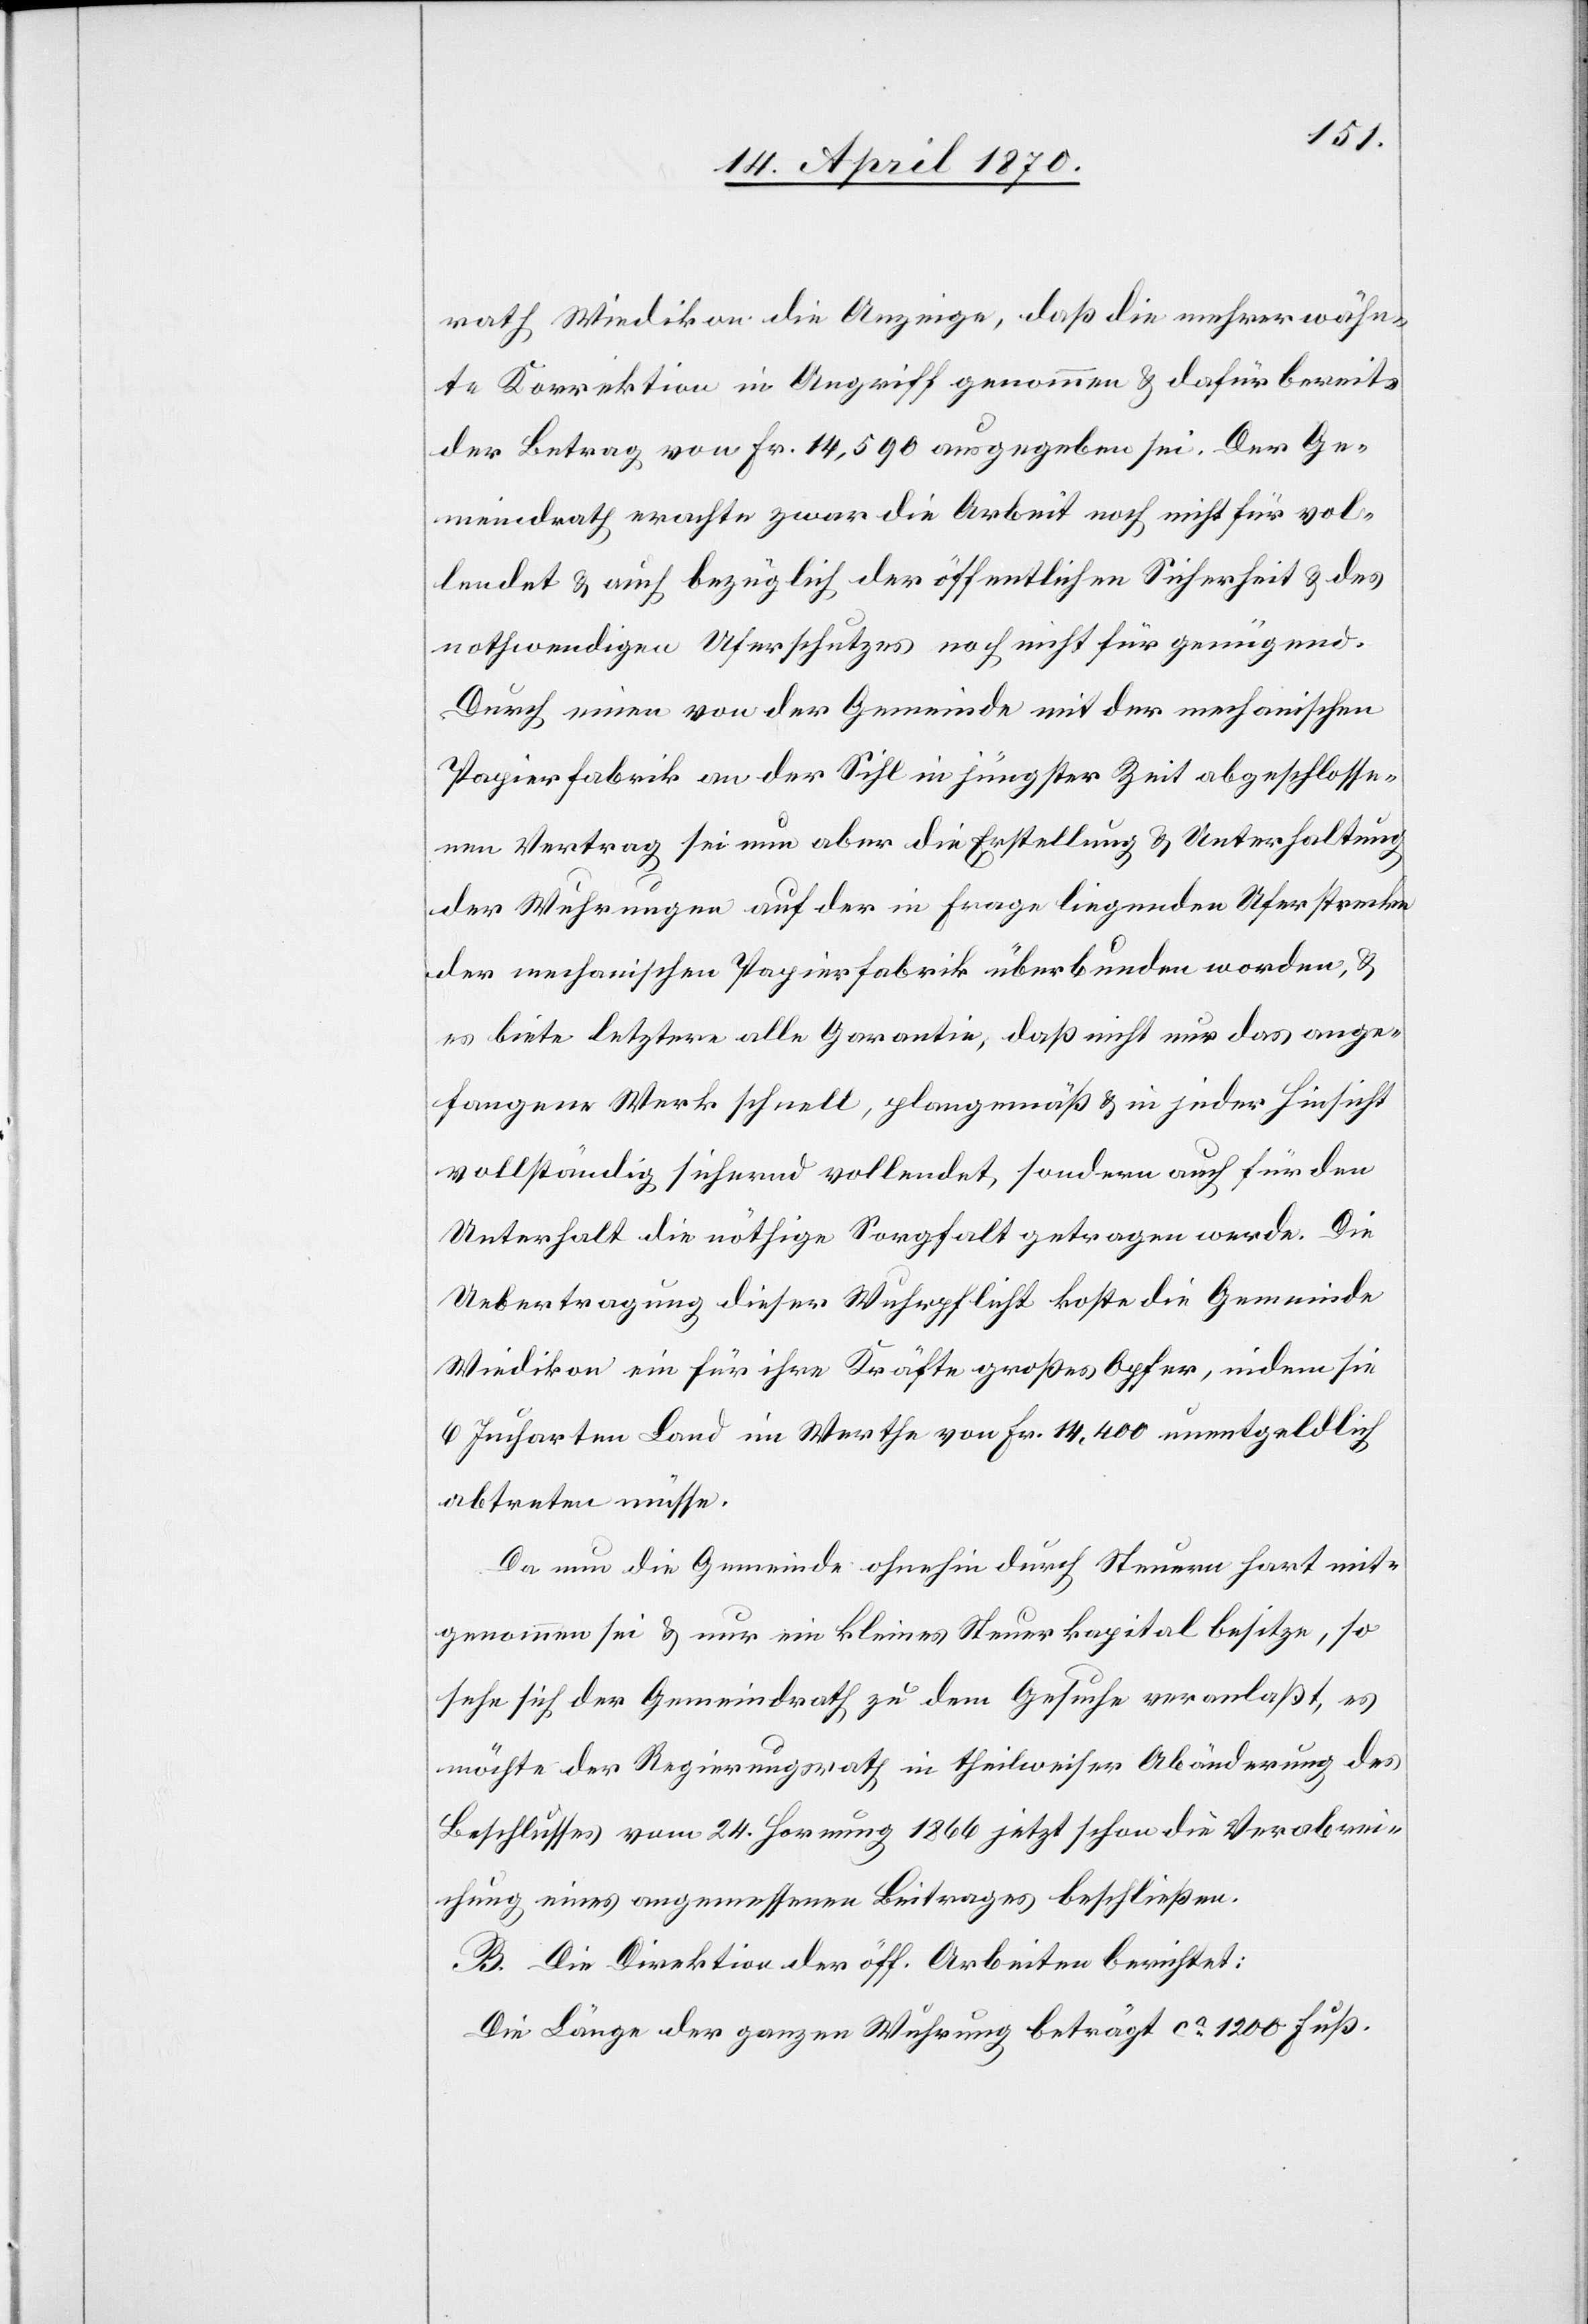
rath Wiedikon die Anzeige, daß die mehrerwähn¬
te Korrektion in Angriff genommen & dafür bereits
der Betrag von Fr. 14,590 ausgegeben sei. Der Ge¬
meindrath erachte zwar die Arbeit noch nicht für vol¬
lendet & auch bezüglich der öffentlichen Sicherheit & des
nothwendigen Uferschutzes noch nicht für genügend.
Durch einen von der Gemeinde mit der mechanischen
Papierfabrik an der Sihl in jüngster Zeit abgeschlosse¬
nen Vertrag sei nun aber die Erstellung & Unterhaltung
der Wuhrungen auf der in Frage liegenden Uferstrecke
der mechanischen Papierfabrik überbunden worden, &
es biete letztere alle Garantie, daß nicht nur das ange¬
fangene Werk schnell, plangemäß & in jeder Hinsicht
vollständig sichernd vollendet, sondern auch für den
Unterhalt die nöthige Sorgfalt getragen werde. Die
Uebertragung dieser Wuhrpflicht koste die Gemeinde
Wiedikon ein für ihre Kräfte großes Opfer, indem sie
6 Jucharten Land im Werthe von Fr. 114,400 unentgeldlich
abtreten müsse.
Da nun die Gemeinde ohnehin durch Steuern hart mit¬
genommen sei & nur ein kleines Steuerkapital besitze, so
sehe sich der Gemeindrath zu dem Gesuche veranlaßt, es
möchte der Regierungsrath in theilweiser Abänderung des
Beschlusses vom 24. Hornung 1866 jetzt schon die Verabrei¬
chung eines angemessenen Beitrages beschließen.
B. Die Direktion der öff. Arbeiten berichtet:
Die Länge der ganzen Wuhrung beträgt ca 1200 Fuß.